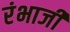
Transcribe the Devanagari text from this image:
रंभाजी